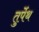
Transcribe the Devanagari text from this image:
तुर्पेथ